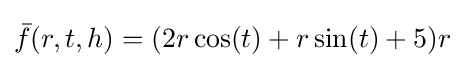
{\bar {f}}(r,t,h)=(2r\cos(t)+r\sin(t)+5)r